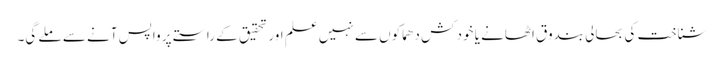
شناخت کی بحالی بندوق اٹھانے یا خود کش دھماکوں سے نہیں علم اور تحقیق کے راستے پر واپس آنے سے ملے گی۔